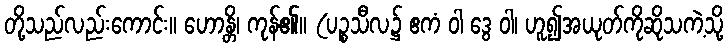
တို့သည်လည်းကောင်း။ ဟောန္တိ၊ ကုန်၏။ (ပဉ္စသီလ၌ ဧကံ ဝါ ဒွေ ဝါ၊ ဟူ၍အယုတ်ကိုဆိုသကဲ့သို့